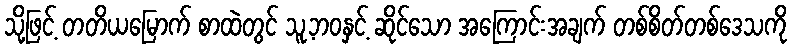
သို့ဖြင့် တတိယမြောက် စာထဲတွင် သူ့ဘဝနှင့် ဆိုင်သော အကြောင်းအချက် တစ်စိတ်တစ်ဒေသကို